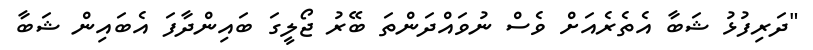
"ދަރިފުޅު ޝަބާ އެތެރެއަށް ވެސް ނުވައްދަންތަ ބޭރު ޖޯލީގަ ބައިންދާފަ އެބައިން ޝަބާ